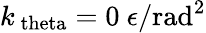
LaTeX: k_{\mathrm{\ theta}}=0~\epsilon/\mathrm{rad}^{2}